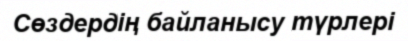
Сөздердің байланысу түрлері